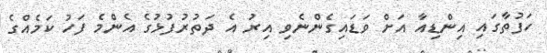
ހަފުތާގައި އިންޑިއާ އަށް ވަޑައިގެންނެވި އިރު އެ ދަތުރުފުޅުގެ އެންމެ ފަހު ކަމެއްގެ